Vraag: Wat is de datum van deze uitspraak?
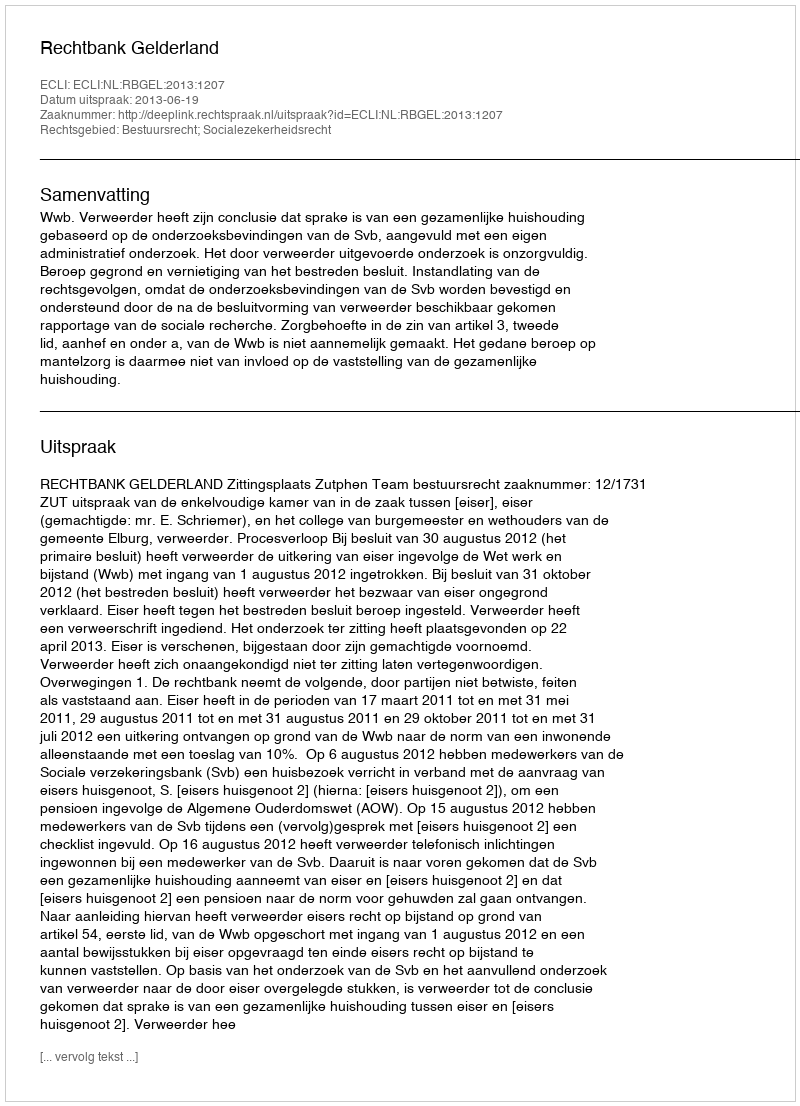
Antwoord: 2013-06-19